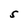
Character: 5